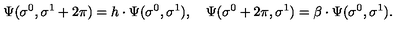
\Psi ( \sigma ^ { 0 } , \sigma ^ { 1 } + 2 \pi ) = h \cdot \Psi ( \sigma ^ { 0 } , \sigma ^ { 1 } ) , \quad \Psi ( \sigma ^ { 0 } + 2 \pi , \sigma ^ { 1 } ) = \beta \cdot \Psi ( \sigma ^ { 0 } , \sigma ^ { 1 } ) .